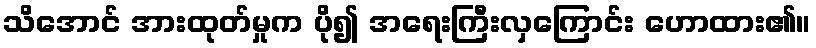
သိအောင် အားထုတ်မှုက ပို၍ အရေးကြီးလှကြောင်း ဟောထား၏။